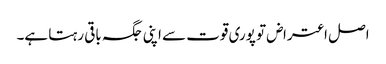
اصل اعتراض تو پوری قوت سے اپنی جگہ باقی رہتا ہے۔